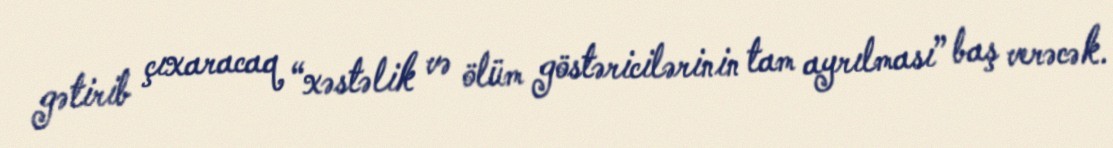
gətirib çıxaracaq “xəstəlik və ölüm göstəricilərinin tam ayrılması” baş verəcək.